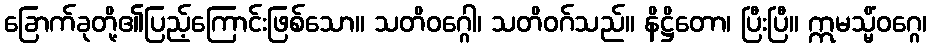
ခြောက်ခုတို့၏ပြည့်ကြောင်းဖြစ်သော။ သတိဝဂ္ဂေါ၊ သတိဝဂ်သည်။ နိဋ္ဌိတော၊ ပြီးပြီ။ ဣမသ္မိံဝဂ္ဂေ၊